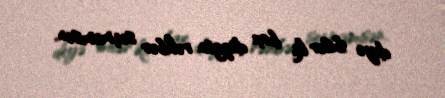
deyə bilər ki, bax düzgün rəhbər seçməmisən.